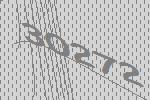
30272